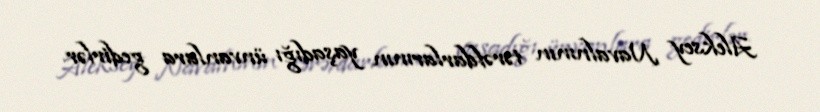
Aleksey Navalnının tərəfdarlarının yaşadığı ünvanlara gedirlər.